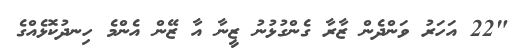
"22 އަހަރު ވަންދެން ޒާރާ ގެންގުޅުނު ޒީނާ އާ ޒޭން އެންމެ ހިނދުކޮޅެއްގެ